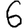
Digit: 6